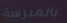
بالمدرسة